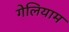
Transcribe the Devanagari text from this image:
गेलियाम